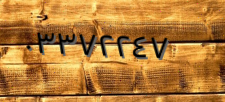
٠٣٣٧٢٢٤٧